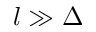
l \gg \Delta